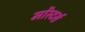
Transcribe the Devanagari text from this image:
मोंस्टर्स